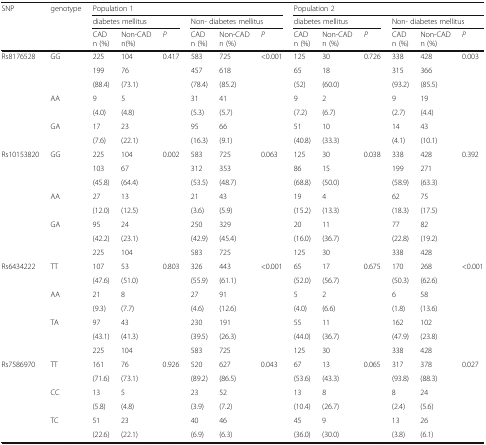
<table><thead><tr><td rowspan="3"><b>SNP</b></td><td rowspan="3"><b>genotype</b></td><td colspan="6"><b>Population 1</b></td><td colspan="6"><b>Population 2</b></td></tr><tr><td colspan="3"><b>diabetes mellitus</b></td><td colspan="3"><b>Non- diabetes mellitus</b></td><td colspan="3"><b>diabetes mellitus</b></td><td colspan="3"><b>Non- diabetes mellitus</b></td></tr><tr><td><b>CAD n (%)</b></td><td><b>Non-CAD n(%)</b></td><td><b><i>P</i></b></td><td><b>CAD n (%)</b></td><td><b>Non-CAD n (%)</b></td><td><b><i>P</i></b></td><td><b>CAD n (%)</b></td><td><b>Non-CAD n (%)</b></td><td><b><i>P</i></b></td><td><b>CAD n (%)</b></td><td><b>Non-CAD n (%)</b></td><td><b><i>P</i></b></td></tr></thead><tbody><tr><td rowspan="7">Rs8176528</td><td rowspan="3">GG</td><td>225</td><td>104</td><td rowspan="3">0.417</td><td>583</td><td>725</td><td rowspan="3">&lt;0.001</td><td>125</td><td>30</td><td rowspan="3">0.726</td><td>338</td><td>428</td><td rowspan="3">0.003</td></tr><tr><td>199</td><td>76</td><td>457</td><td>618</td><td>65</td><td>18</td><td>315</td><td>366</td></tr><tr><td>(88.4)</td><td>(73.1)</td><td>(78.4)</td><td>(85.2)</td><td>(52)</td><td>(60.0)</td><td>(93.2)</td><td>(85.5)</td></tr><tr><td rowspan="2">AA</td><td>9</td><td>5</td><td rowspan="2"></td><td>31</td><td>41</td><td rowspan="2"></td><td>9</td><td>2</td><td rowspan="2"></td><td>9</td><td>19</td><td rowspan="2"></td></tr><tr><td>(4.0)</td><td>(4.8)</td><td>(5.3)</td><td>(5.7)</td><td>(7.2)</td><td>(6.7)</td><td>(2.7)</td><td>(4.4)</td></tr><tr><td rowspan="2">GA</td><td>17</td><td>23</td><td rowspan="2"></td><td>95</td><td>66</td><td rowspan="2"></td><td>51</td><td>10</td><td rowspan="2"></td><td>14</td><td>43</td><td rowspan="2"></td></tr><tr><td>(7.6)</td><td>(22.1)</td><td>(16.3)</td><td>(9.1)</td><td>(40.8)</td><td>(33.3)</td><td>(4.1)</td><td>(10.1)</td></tr><tr><td rowspan="8">Rs10153820</td><td rowspan="3">GG</td><td>225</td><td>104</td><td rowspan="3">0.002</td><td>583</td><td>725</td><td rowspan="3">0.063</td><td>125</td><td>30</td><td rowspan="3">0.038</td><td>338</td><td>428</td><td rowspan="3">0.392</td></tr><tr><td>103</td><td>67</td><td>312</td><td>353</td><td>86</td><td>15</td><td>199</td><td>271</td></tr><tr><td>(45.8)</td><td>(64.4)</td><td>(53.5)</td><td>(48.7)</td><td>(68.8)</td><td>(50.0)</td><td>(58.9)</td><td>(63.3)</td></tr><tr><td rowspan="2">AA</td><td>27</td><td>13</td><td rowspan="2"></td><td>21</td><td>43</td><td rowspan="2"></td><td>19</td><td>4</td><td rowspan="2"></td><td>62</td><td>75</td><td rowspan="2"></td></tr><tr><td>(12.0)</td><td>(12.5)</td><td>(3.6)</td><td>(5.9)</td><td>(15.2)</td><td>(13.3)</td><td>(18.3)</td><td>(17.5)</td></tr><tr><td rowspan="3">GA</td><td>95</td><td>24</td><td rowspan="3"></td><td>250</td><td>329</td><td rowspan="3"></td><td>20</td><td>11</td><td rowspan="3"></td><td>77</td><td>82</td><td rowspan="3"></td></tr><tr><td>(42.2)</td><td>(23.1)</td><td>(42.9)</td><td>(45.4)</td><td>(16.0)</td><td>(36.7)</td><td>(22.8)</td><td>(19.2)</td></tr><tr><td>225</td><td>104</td><td>583</td><td>725</td><td>125</td><td>30</td><td>338</td><td>428</td></tr><tr><td rowspan="7">Rs6434222</td><td rowspan="2">TT</td><td>107</td><td>53</td><td rowspan="2">0.803</td><td>326</td><td>443</td><td rowspan="2">&lt;0.001</td><td>65</td><td>17</td><td rowspan="2">0.675</td><td>170</td><td>268</td><td rowspan="2">&lt;0.001</td></tr><tr><td>(47.6)</td><td>(51.0)</td><td>(55.9)</td><td>(61.1)</td><td>(52.0)</td><td>(56.7)</td><td>(50.3)</td><td>(62.6)</td></tr><tr><td rowspan="2">AA</td><td>21</td><td>8</td><td rowspan="2"></td><td>27</td><td>91</td><td rowspan="2"></td><td>5</td><td>2</td><td rowspan="2"></td><td>6</td><td>58</td><td rowspan="2"></td></tr><tr><td>(9.3)</td><td>(7.7)</td><td>(4.6)</td><td>(12.6)</td><td>(4.0)</td><td>(6.6)</td><td>(1.8)</td><td>(13.6)</td></tr><tr><td rowspan="3">TA</td><td>97</td><td>43</td><td rowspan="3"></td><td>230</td><td>191</td><td rowspan="3"></td><td>55</td><td>11</td><td rowspan="3"></td><td>162</td><td>102</td><td rowspan="3"></td></tr><tr><td>(43.1)</td><td>(41.3)</td><td>(39.5)</td><td>(26.3)</td><td>(44.0)</td><td>(36.7)</td><td>(47.9)</td><td>(23.8)</td></tr><tr><td>225</td><td>104</td><td>583</td><td>725</td><td>125</td><td>30</td><td>338</td><td>428</td></tr><tr><td rowspan="6">Rs7586970</td><td rowspan="2">TT</td><td>161</td><td>76</td><td rowspan="2">0.926</td><td>520</td><td>627</td><td rowspan="2">0.043</td><td>67</td><td>13</td><td rowspan="2">0.065</td><td>317</td><td>378</td><td rowspan="2">0.027</td></tr><tr><td>(71.6)</td><td>(73.1)</td><td>(89.2)</td><td>(86.5)</td><td>(53.6)</td><td>(43.3)</td><td>(93.8)</td><td>(88.3)</td></tr><tr><td rowspan="2">CC</td><td>13</td><td>5</td><td rowspan="2"></td><td>23</td><td>52</td><td rowspan="2"></td><td>13</td><td>8</td><td rowspan="2"></td><td>8</td><td>24</td><td rowspan="2"></td></tr><tr><td>(5.8)</td><td>(4.8)</td><td>(3.9)</td><td>(7.2)</td><td>(10.4)</td><td>(26.7)</td><td>(2.4)</td><td>(5.6)</td></tr><tr><td rowspan="2">TC</td><td>51</td><td>23</td><td rowspan="2"></td><td>40</td><td>46</td><td rowspan="2"></td><td>45</td><td>9</td><td rowspan="2"></td><td>13</td><td>26</td><td rowspan="2"></td></tr><tr><td>(22.6)</td><td>(22.1)</td><td>(6.9)</td><td>(6.3)</td><td>(36.0)</td><td>(30.0)</td><td>(3.8)</td><td>(6.1)</td></tr></tbody></table>